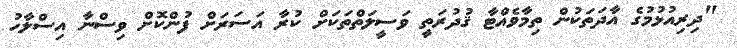
"ދިރިއުޅުމުގެ އާދަތަކުން ތިމާވެއްޓާ ޤުދުރަތީ ވަސީލަތްތަކަށް ކުރާ އަސަރަށް ފުންކޮށް ވިސްނާ އިސްލާހު